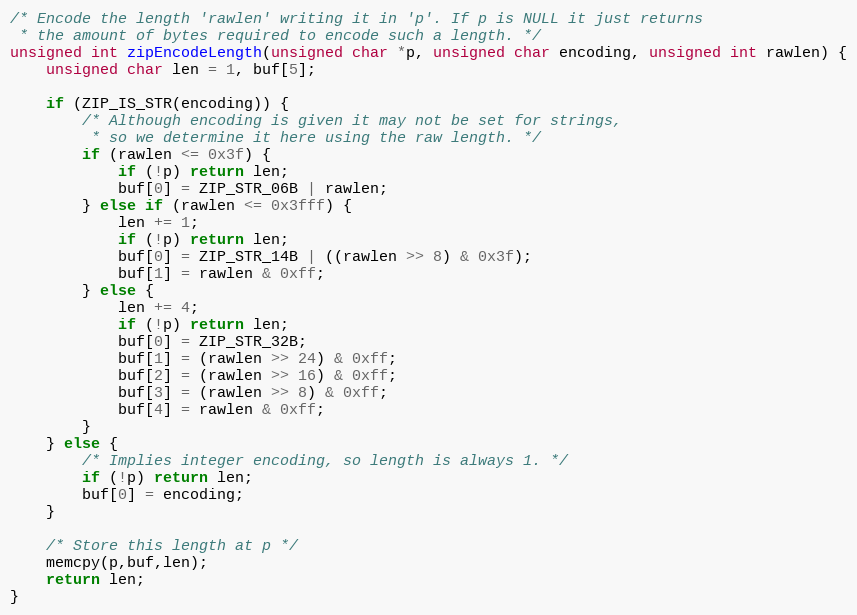
Language: C
/* Encode the length 'rawlen' writing it in 'p'. If p is NULL it just returns
 * the amount of bytes required to encode such a length. */
unsigned int zipEncodeLength(unsigned char *p, unsigned char encoding, unsigned int rawlen) {
    unsigned char len = 1, buf[5];

    if (ZIP_IS_STR(encoding)) {
        /* Although encoding is given it may not be set for strings,
         * so we determine it here using the raw length. */
        if (rawlen <= 0x3f) {
            if (!p) return len;
            buf[0] = ZIP_STR_06B | rawlen;
        } else if (rawlen <= 0x3fff) {
            len += 1;
            if (!p) return len;
            buf[0] = ZIP_STR_14B | ((rawlen >> 8) & 0x3f);
            buf[1] = rawlen & 0xff;
        } else {
            len += 4;
            if (!p) return len;
            buf[0] = ZIP_STR_32B;
            buf[1] = (rawlen >> 24) & 0xff;
            buf[2] = (rawlen >> 16) & 0xff;
            buf[3] = (rawlen >> 8) & 0xff;
            buf[4] = rawlen & 0xff;
        }
    } else {
        /* Implies integer encoding, so length is always 1. */
        if (!p) return len;
        buf[0] = encoding;
    }

    /* Store this length at p */
    memcpy(p,buf,len);
    return len;
}